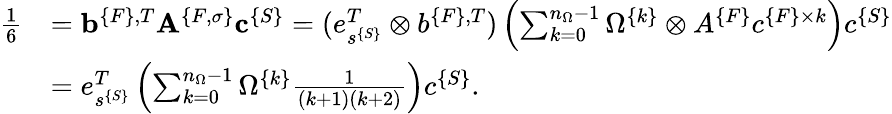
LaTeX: \begin{array}{rl}{\frac 16}&{={\mathbf b}^{\{ F\} ,T}{\mathbf A}^{\{ F,\sigma\} }{\mathbf c}^{\{ S\} }=(e_{s^{\{ S\} }}^{T}\otimes b^{\{ F\} ,T})\left(\sum_{k=0}^{n_{\Omega}-1}\Omega^{\{ k\} }\otimes A^{\{ F\} }c^{\{ F\} \times k}\right)c^{\{ S\} }}\\ &{=e_{s^{\{ S\} }}^{T}\left(\sum_{k=0}^{n_{\Omega}-1}\Omega^{\{ k\} }\frac{1}{(k+1)(k+2)}\right)c^{\{ S\} }.}\end{array}